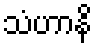
သံဟာနိ